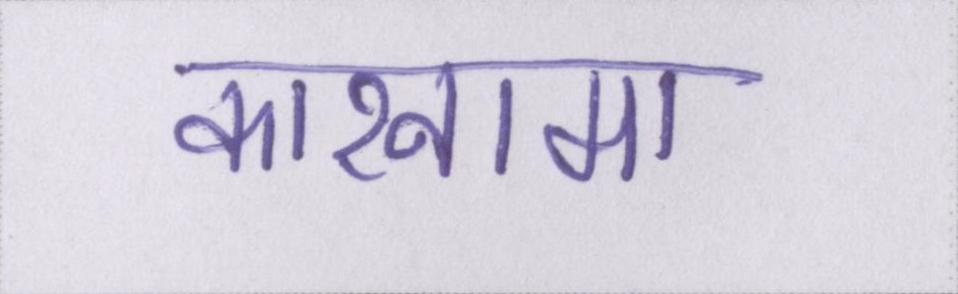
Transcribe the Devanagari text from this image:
कारनामा